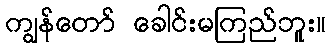
ကျွန်တော် ခေါင်းမကြည်ဘူး။